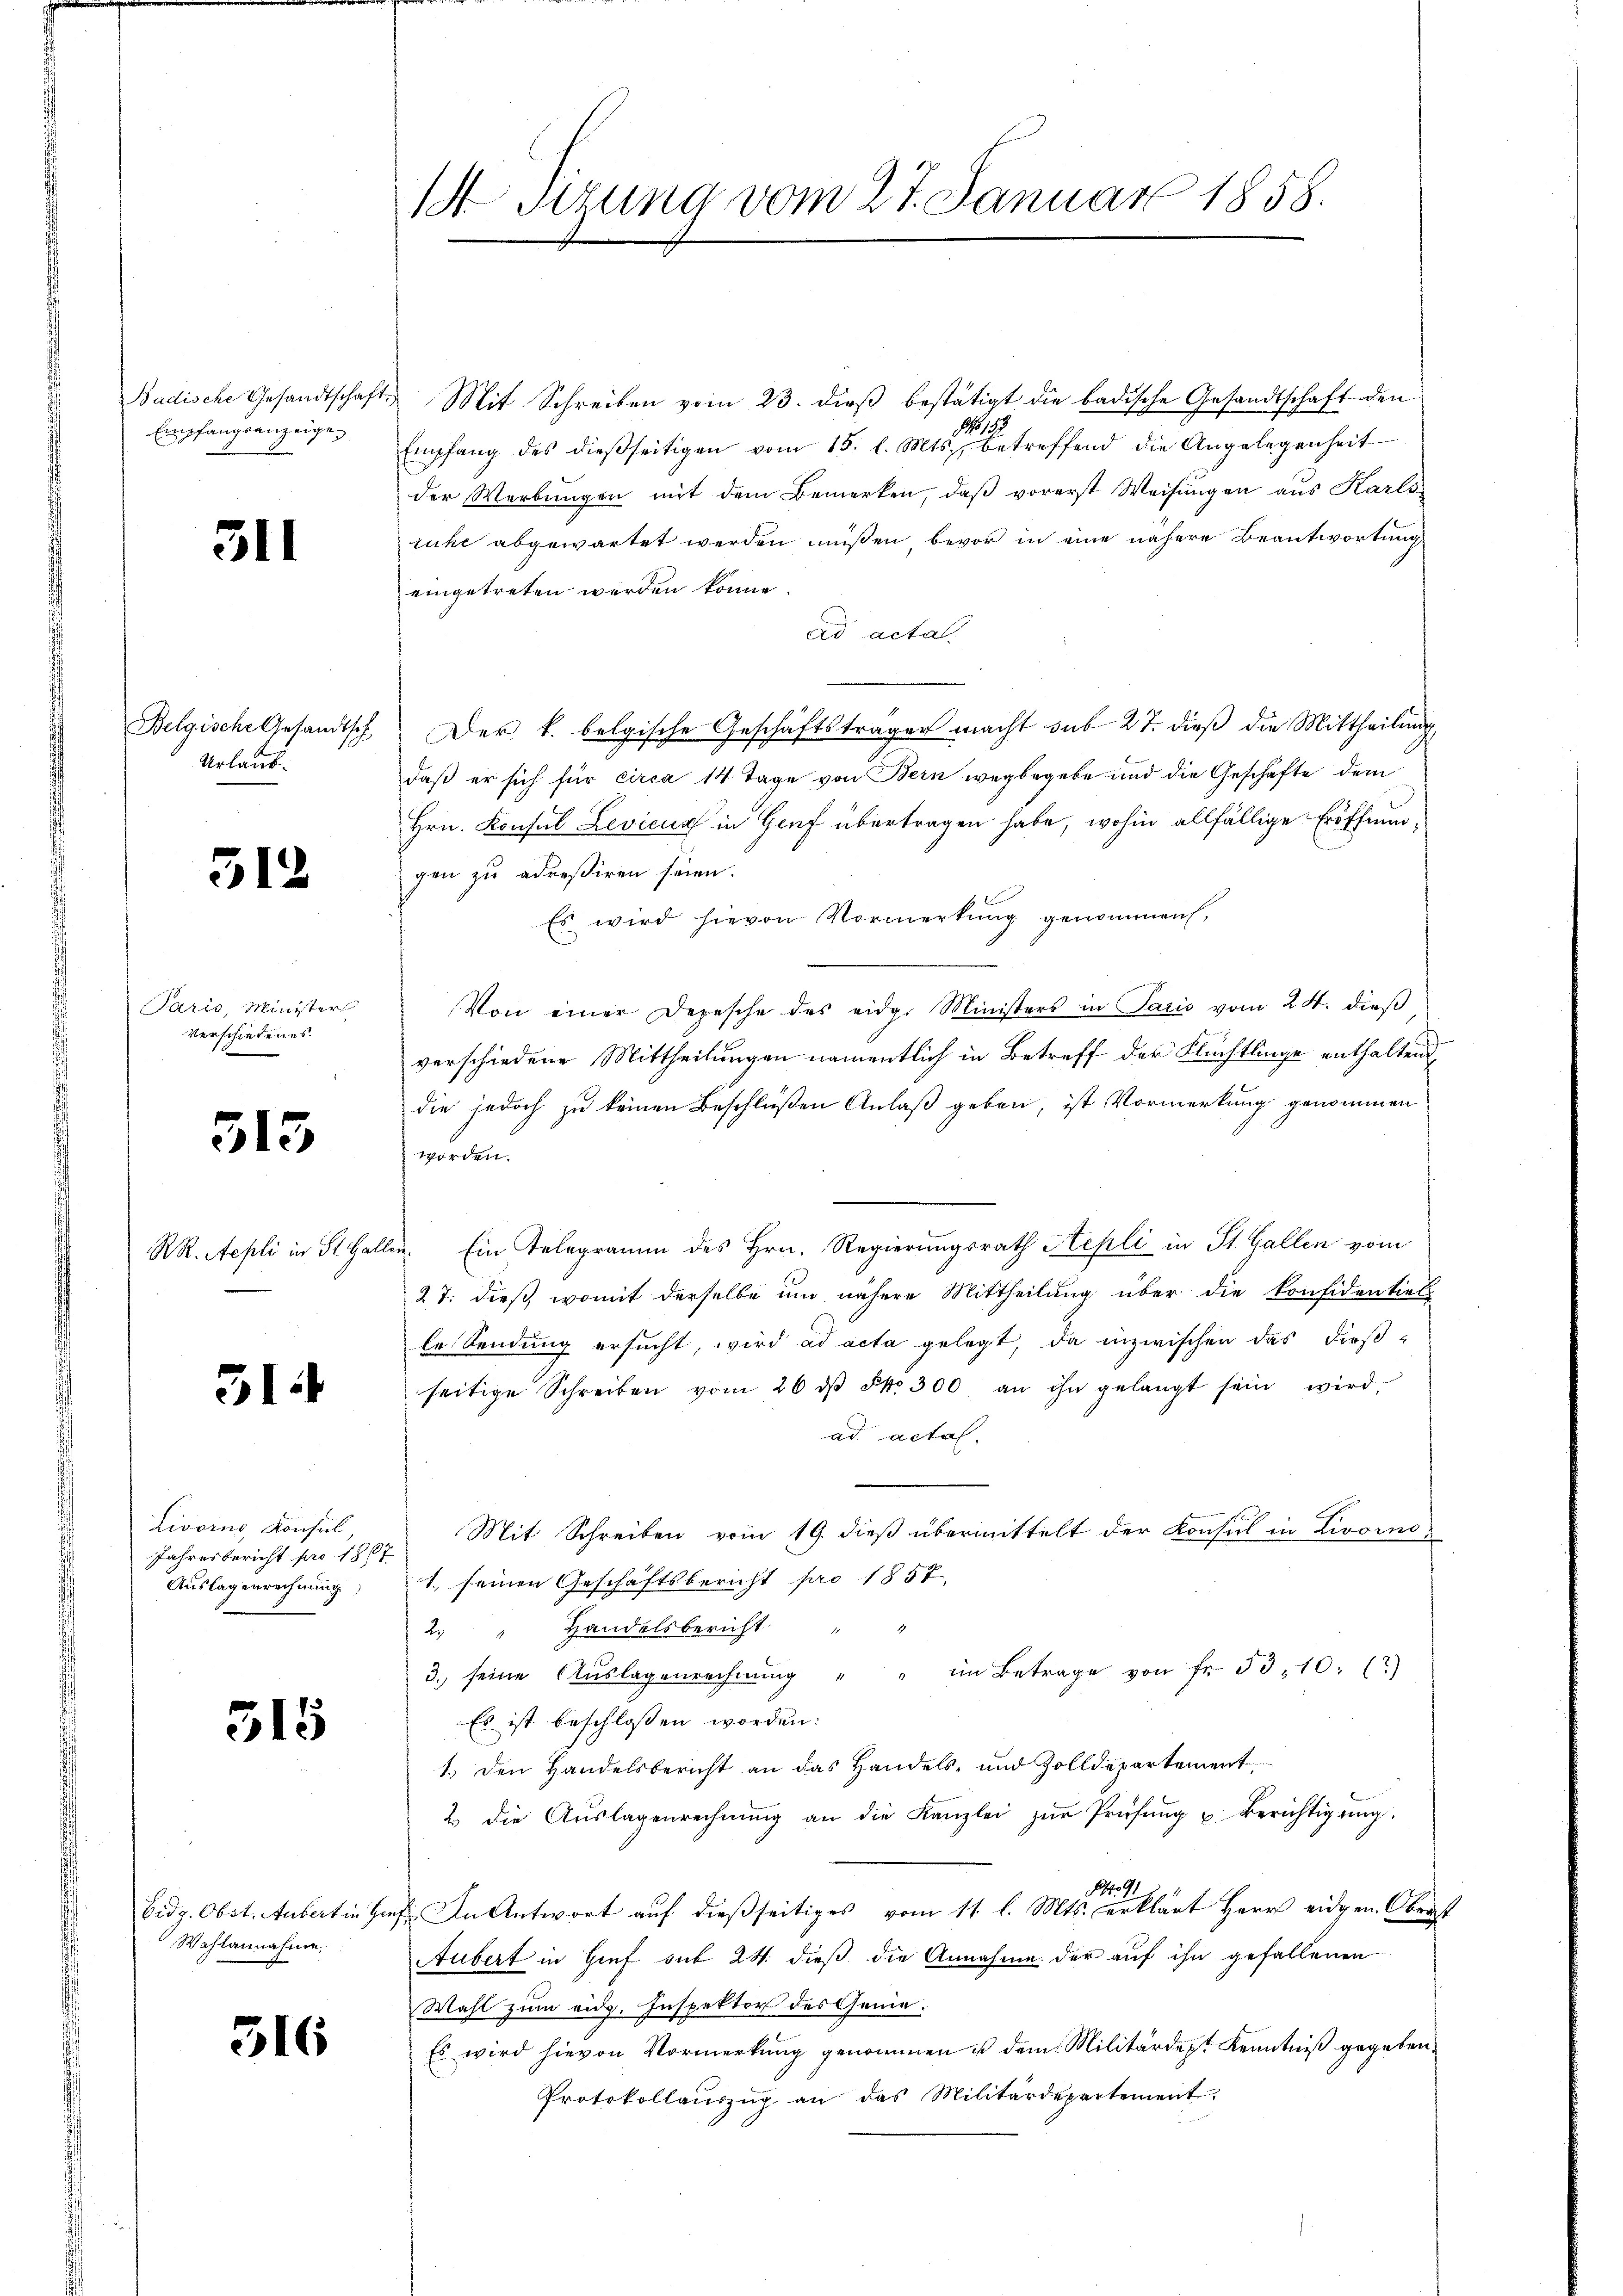
Empfangsanzeige,

311

Urlaub.

31.

2

Paris, Minister
verschiedenes.

313

RR. Aepli in St. Gar

31.

Livorne Konsul
Jahresbericht pro 1867
Auslagenrechnung)

315

Wahlannahme

516

1d Sitzung vom 27. Januar 1858.

Badische Gesandtschaft. Mit Schreiben vom 23. dieβ bestätigt die badische Gesandtschaft den
Empfang des dießseitigen vom 15. l. Mts. betreffend die Angelegenheit
der Werbungen mit dem Bemerken, daß vorerst Weisungen aus Karls
ruhe abgewartet werden müßen, bevor in eine nähere Beantwortung
eingetreten werden könne.
ad acta.
Belgische Gesandtsch Der k. belgische Geschäftsträger macht sub 27. dieß die Mittheilung
daß er sich für circa 14 Tage von Bern wegbegebe und die Geschäfte dem
Hrn. Konsul Levicus in Genf übertragen habe, wohin allfällige Eröffnungen zu adreßiren seien.
Es wird hievon Vormerkŭng genommen,
Von einer Depesche des eidg. Ministers in Paris vom 24. dieß
verschiedene Mittheilungen namentlich in Betreff der Flüchtlinge enthalten
die jedoch zu keinen Beschlüßen Anlaß geben, ist Vormerkung genommen
worden.
¬
llin. Ein Telegramm des Hrn. Regierungsrath Repli in St. Gallen vom
27. dieß, womit derselbe um nähere Mittheilung über die Konfidentiel
le Sendung ersucht, wird ad acta gelegt, da inzwischen das dießseitige Schreiben vom 26. dβ §. 300 an ihn gelangt sein wird
ad actal.
Mit Schreiben vom 19. dieß übermittelt der Konsul in Livorno¬
1., seinen Geschäftsbericht pro 1857.
2. " Handelsbericht " "
3. seine Aŭslagenrechnŭng " " im Betrage von fr. 5310: (?)
Es ist beschlossen worden:
1.) Den Handelsbericht an das Handels- und Zolldepartement
2 die Aŭslagenrechnŭng an die Kanzlei zŭr Prüfŭng u. Berichtigŭng.
19.
Eidg. Obst. Aubert in Hief. In Antwort auf dießseitiges vom 11. l. Mts. erklärt Herr eidgen. Oberst
Aubert in Hief sub 24. dieß die Annahme der auf ihn gefallenen
Wahl zum eidg. Inspektor des Genie:
Es wird hievon Vormerkung genommen ist dem Militärdept Kenntniß gegeben.
Protokollauszug an das Militärdepartement.